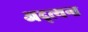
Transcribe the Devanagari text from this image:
अद्त्यन्त